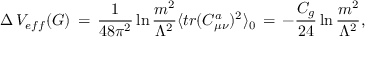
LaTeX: \Delta \, V _ { e f f } ( G ) \, = \, \frac { 1 } { 4 8 \pi ^ { 2 } } \ln \frac { m ^ { 2 } } { \Lambda ^ { 2 } } \langle t r ( C _ { \mu \nu } ^ { a } ) ^ { 2 } \rangle _ { 0 } \, = \, - \frac { C _ { g } } { 2 4 } \ln \frac { m ^ { 2 } } { \Lambda ^ { 2 } } ,